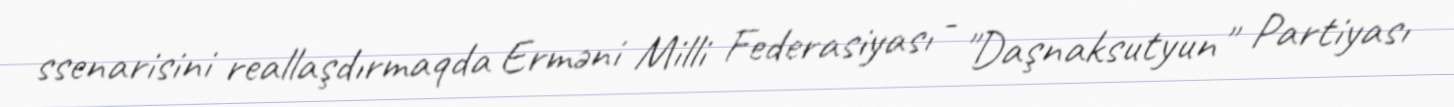
ssenarisini reallaşdırmaqda Erməni Milli Federasiyası - "Daşnaksutyun" Partiyası